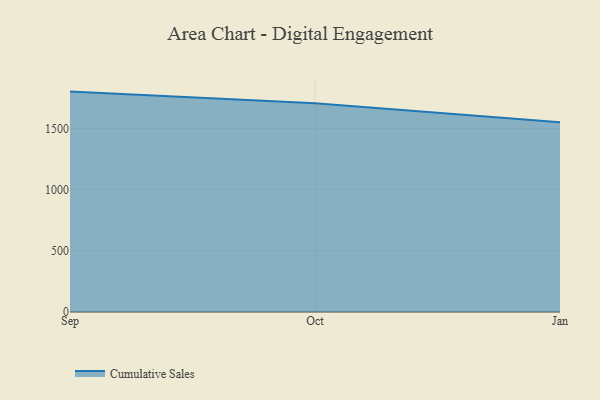
{"axis": {"x": "Month", "y": "Demand Index"}, "legend": ["Cumulative Sales"], "data": [{"x": "Sep", "y": 1802.3, "type": "Cumulative Sales"}, {"x": "Oct", "y": 1707.6, "type": "Cumulative Sales"}, {"x": "Jan", "y": 1552.6, "type": "Cumulative Sales"}]}